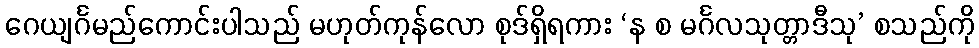
ဂေယျင်္ဂမည်ကောင်းပါသည် မဟုတ်ကုန်လော စုဒ်ရှိရကား ‘န စ မင်္ဂလသုတ္တာဒီသု’ စသည်ကို